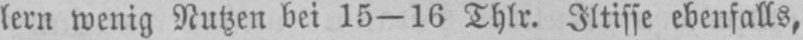
lern wenig Nutzen bei 15-16 Thlr. Iltisse ebenfalls,